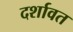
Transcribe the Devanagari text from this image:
दर्शावत